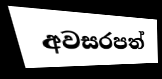
අවසරපත්